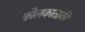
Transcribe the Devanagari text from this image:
कोलकाताकी